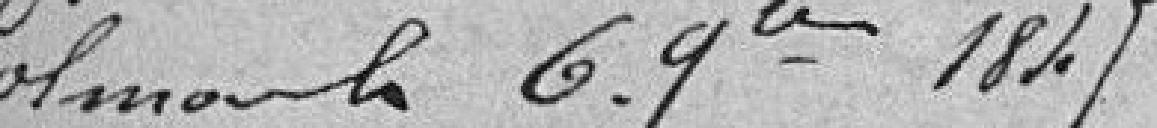
Colmar le 6 novembre 1847